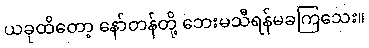
ယခုထိတော့ နော်တန်တို့ ဘေးမသီရန်မခကြသေး။